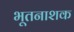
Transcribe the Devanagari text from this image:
भूतनाशक